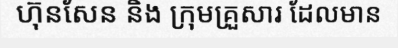
ហ៊ុនសែន និង ក្រុមគ្រួសារ ដែលមាន